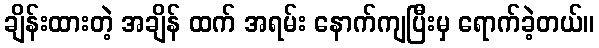
ချိန်းထားတဲ့ အချိန် ထက် အရမ်း နောက်ကျပြီးမှ ရောက်ခဲ့တယ်။